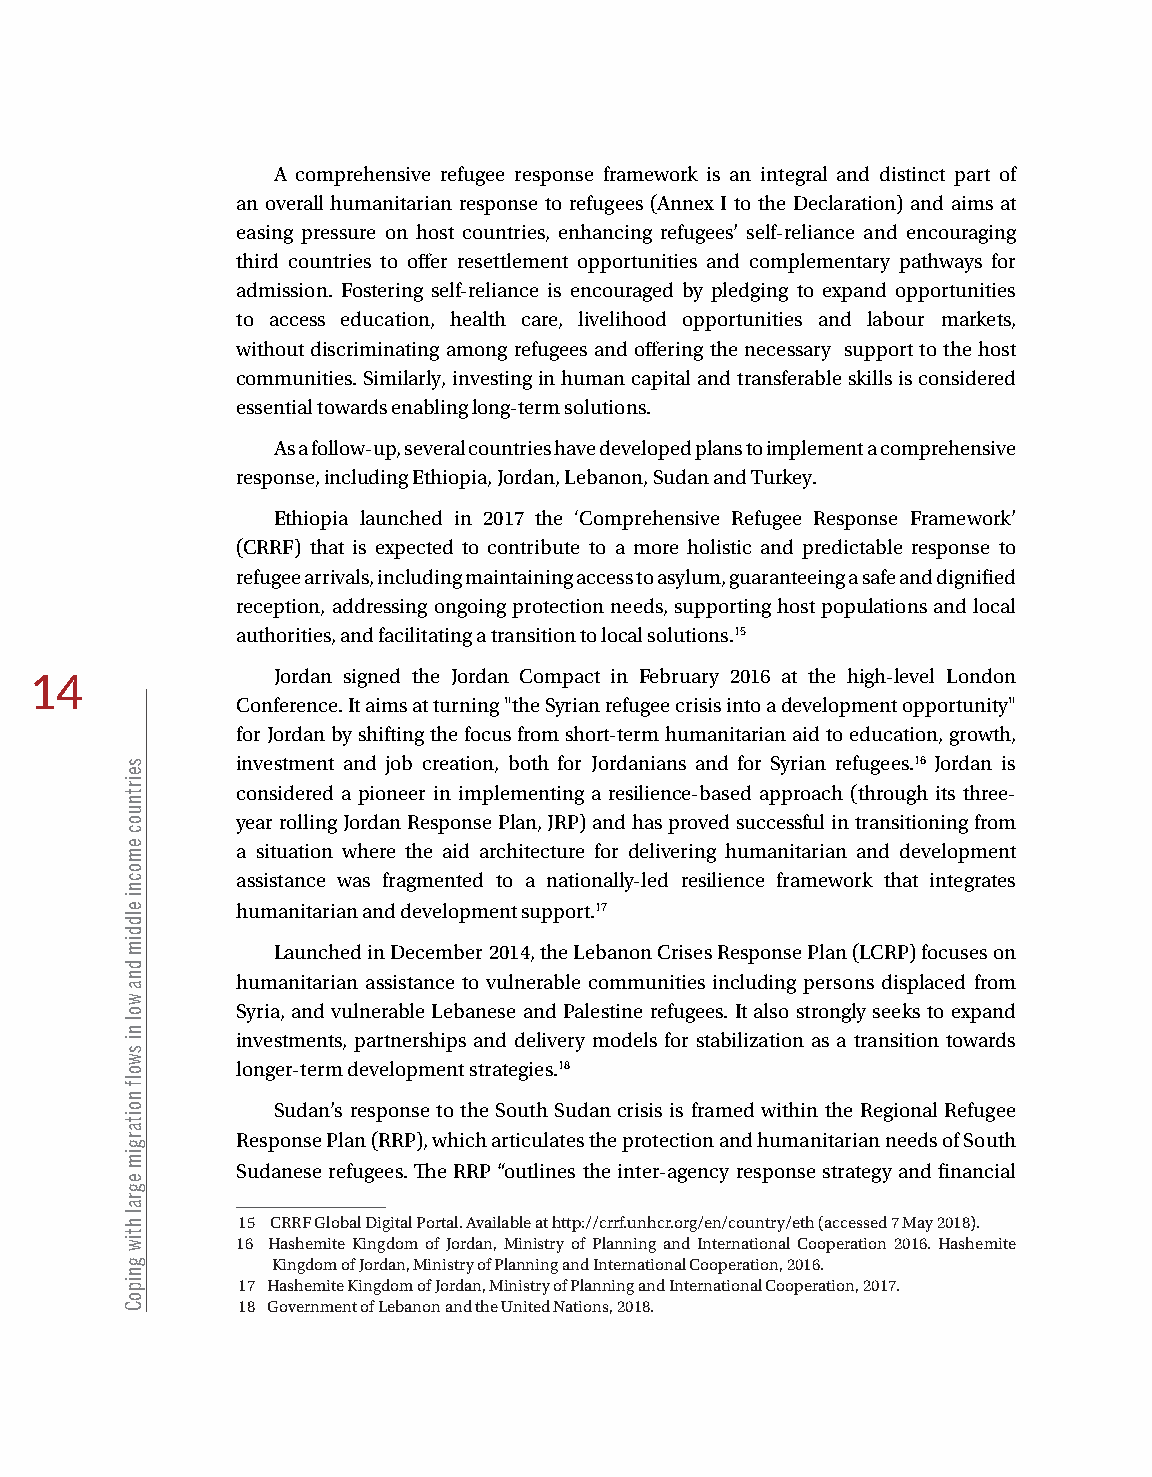
A comprehensive refugee response framework is an integral and distinct part of
 an overall humanitarian response to refugees (Annex I to the Declaration) and aims at
 easing pressure on host countries, enhancing refugees’ self-reliance and encouraging
 third countries to offer resettlement opportunities and complementary pathways for
 admission. Fostering self-reliance is encouraged by pledging to expand opportunities
 to access education, health care, livelihood opportunities and labour markets,
 without discriminating among refugees and offering the necessary support to the host
 communities. Similarly, investing in human capital and transferable skills is considered
 essential towards enabling long-term solutions.
 As a follow-up, several countries have developed plans to implement a comprehensive
 response, including Ethiopia, Jordan, Lebanon, Sudan and Turkey.
 Ethiopia launched in 2017 the ‘Comprehensive Refugee Response Framework’
 (CRRF) that is expected to contribute to a more holistic and predictable response to
 refugee arrivals, including maintaining access to asylum, guaranteeing a safe and dignified
 reception, addressing ongoing protection needs, supporting host populations and local
 authorities, and facilitating a transition to local solutions.15
 Jordan signed the Jordan Compact in February 2016 at the high-level London
 14
 Conference. It aims at turning "the Syrian refugee crisis into a development opportunity"
 for Jordan by shifting the focus from short-term humanitarian aid to education, growth,
 investment and job creation, both for Jordanians and for Syrian refugees.16 Jordan is
 considered a pioneer in implementing a resilience-based approach (through its three-
 year rolling Jordan Response Plan, JRP) and has proved successful in transitioning from
 a situation where the aid architecture for delivering humanitarian and development
 assistance was fragmented to a nationally-led resilience framework that integrates
 humanitarian and development support.17
 Launched in December 2014, the Lebanon Crises Response Plan (LCRP) focuses on
 humanitarian assistance to vulnerable communities including persons displaced from
 Syria, and vulnerable Lebanese and Palestine refugees. It also strongly seeks to expand
 investments, partnerships and delivery models for stabilization as a transition towards
 longer-term development strategies.18
 Sudan’s response to the South Sudan crisis is framed within the Regional Refugee
 Response Plan (RRP), which articulates the protection and humanitarian needs of South
 Sudanese refugees. The RRP “outlines the inter-agency response strategy and financial
 15 CRRF Global Digital Portal. Available at http://crrf.unhcr.org/en/country/eth (accessed 7 May 2018).
 16 Hashemite Kingdom of Jordan, Ministry of Planning and International Cooperation 2016. Hashemite
 Kingdom of Jordan, Ministry of Planning and International Cooperation, 2016.
 17 Hashemite Kingdom of Jordan, Ministry of Planning and International Cooperation, 2017.
 18 Government of Lebanon and the United Nations, 2018.
 seirtnuoc
 emocni
 elddim
 dna
 wol
 ni
 swolf
 noitargim
 egral
 htiw
 gnipoC